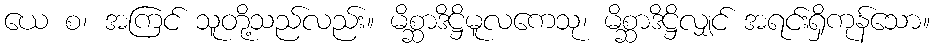
ယေ စ၊ အကြင် သူတို့သည်လည်း။ မိစ္ဆာဒိဋ္ဌိမူလကေသု၊ မိစ္ဆာဒိဋ္ဌိလျှင် အရင်းရှိကုန်သော။